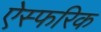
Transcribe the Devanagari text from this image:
ऐस्फरिक